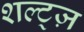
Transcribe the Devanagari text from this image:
शल्ट्ज़